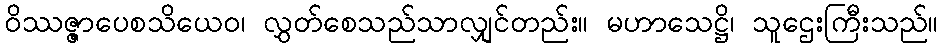
ဝိဿဇ္ဇာပေစသိယေဝ၊ လွှတ်စေသည်သာလျှင်တည်း။ မဟာသေဋ္ဌိ၊ သူဌေးကြီးသည်။